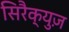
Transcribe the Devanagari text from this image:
सिरैक्युज़